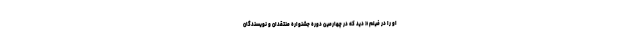
او را در فیلم « دید که در چهارمین دورهٔ جشنوارهٔ منتقدان و نویسندگان